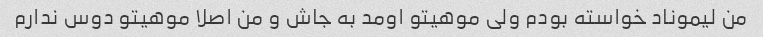
من لیموناد خواسته بودم ولی موهیتو اومد به جاش و من اصلا موهیتو دوس ندارم